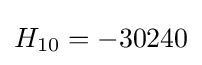
H_{10}=-30240